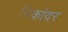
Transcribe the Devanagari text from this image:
निकांदर